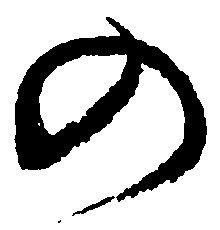
の